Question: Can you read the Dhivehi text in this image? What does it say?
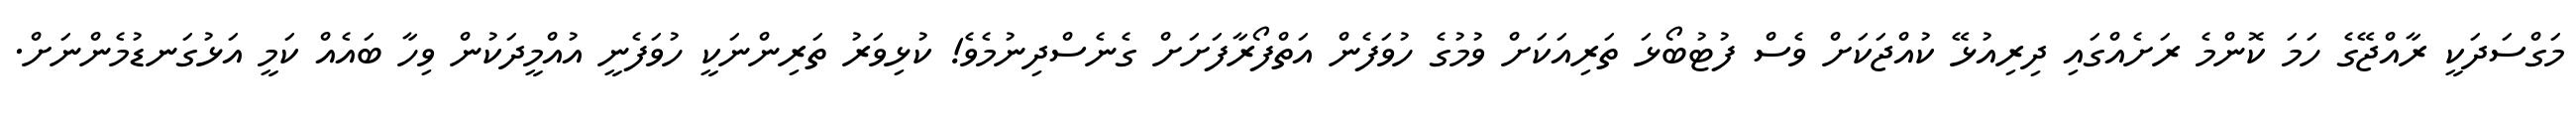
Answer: މަގްސަދަކީ ރާއްޖޭގެ ހަމަ ކޮންމެ ރަށެއްގައި ދިރިއުޅޭ ކުއްޖަކަށް ވެސް ފުޓުބޯޅަ ތަރިއަކަށް ވުމުގެ ހުވަފެން އަތްފޯރާފަށަށް ގެނެސްދިނުމެވެ! ކުޅިވަރު ތަރިންނަކީ ހުވަފެނީ އުއްމީދަކުން ވިހާ ބައެއް ކަމީ އަޅުގަނޑުމެންނަށް.